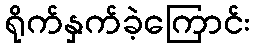
ရိုက်နှက်ခဲ့ကြောင်း